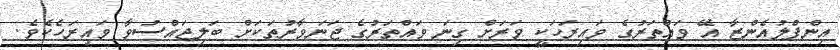
އިންފްލުއެންޒާ އޭ ވައްތަރުގެ ވައިރަހަކީ ވަރަށް ގިނަ ވައްތަރުގެ ޖަނަވާރުތަކަށް ބަލިޖައްސުވާ ވައިރަހެކެވެ.